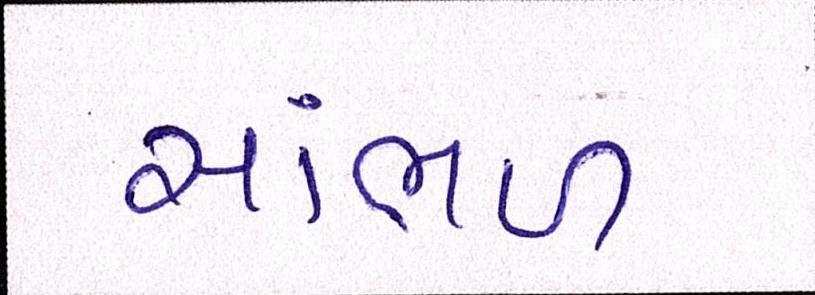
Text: સાંભળ